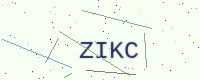
Text: ZIKC